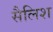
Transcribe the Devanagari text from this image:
सैलिश